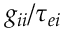
g _ { i i } / \tau _ { e i }